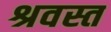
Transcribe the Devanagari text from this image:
श्रवस्त